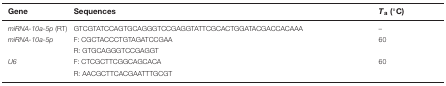
<table><thead><tr><td><b>Gene</b></td><td><b>Sequences</b></td><td><b><i>T</i><sub>a</sub> (°C)</b></td></tr></thead><tbody><tr><td><i>miRNA-10a-5p</i> (RT)</td><td>GTCGTATCCAGTGCAGGGTCCGAGGTATTCGCACTGGATACGACCACAAA</td><td>–</td></tr><tr><td rowspan="2"><i>miRNA-10a-5p</i></td><td>F: CGCTACCCTGTAGATCCGAA</td><td rowspan="2">60</td></tr><tr><td>R: GTGCAGGGTCCGAGGT</td></tr><tr><td rowspan="2"><i>U6</i></td><td>F: CTCGCTTCGGCAGCACA</td><td rowspan="2">60</td></tr><tr><td>R: AACGCTTCACGAATTTGCGT</td></tr></tbody></table>